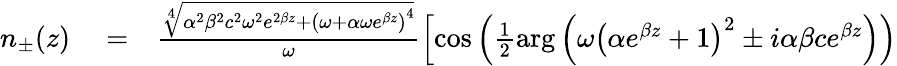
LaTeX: \begin{array}{rlr}{n_{\pm}(z)}&{{}=}&{\frac{\sqrt[4]{\alpha^{2}\beta^{2}c^{2}\omega^{2}e^{2\beta z}+\left(\omega+\alpha\omega e^{\beta z}\right)^{4}}}{\omega}\left[\cos\left(\frac{1}{2}\arg\left(\omega\left(\alpha e^{\beta z}+1\right)^{2}\pm i\alpha\beta ce^{\beta z}\right)\right)\right.}\end{array}